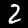
Label: 2